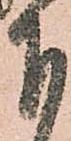
下